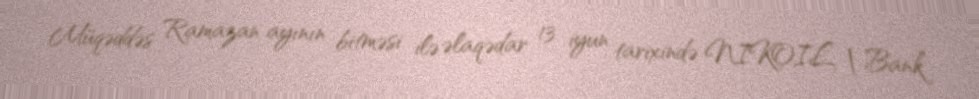
Müqəddəs Ramazan ayının bitməsi ilə əlaqədar 13 iyun tarixində NIKOIL | Bank